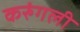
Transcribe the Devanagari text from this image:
करुंगली